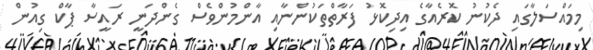
މިމައްސަލާގައި ދެކުނު ކޮރެއާގެ އިދިކޮޅު ފަރާތްތަކުންނާއި އާންމުންވެސް ގެންދަނީ ރައީސާ ޕާކް ގިއުން